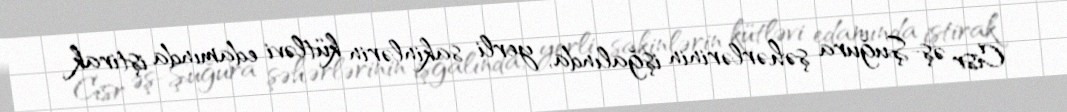
Cisr əş-Şuğura şəhərlərinin işğalında, yerli sakinlərin kütləvi edamında iştirak